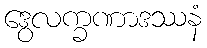
ဒွေလက္ခဏာဒဿနံ